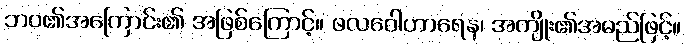
ဘဝ၏အကြောင်း၏ အဖြစ်ကြောင့်။ ဖလဝေါဟာရေန၊ အကျိုး၏အမည်ဖြင့်။